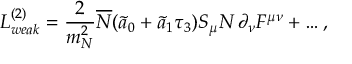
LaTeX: { \cal L } _ { w e a k } ^ { ( 2 ) } = \frac { 2 } { m _ { N } ^ { 2 } } \overline { { { N } } } ( \tilde { a } _ { 0 } + \tilde { a } _ { 1 } \tau _ { 3 } ) S _ { \mu } N \, \partial _ { \nu } F ^ { \mu \nu } + \ldots ,